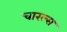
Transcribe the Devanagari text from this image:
चारल्स